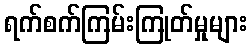
ရက်စက်ကြမ်းကြုတ်မှုများ